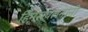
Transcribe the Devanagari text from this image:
हिमस्खलनांनी